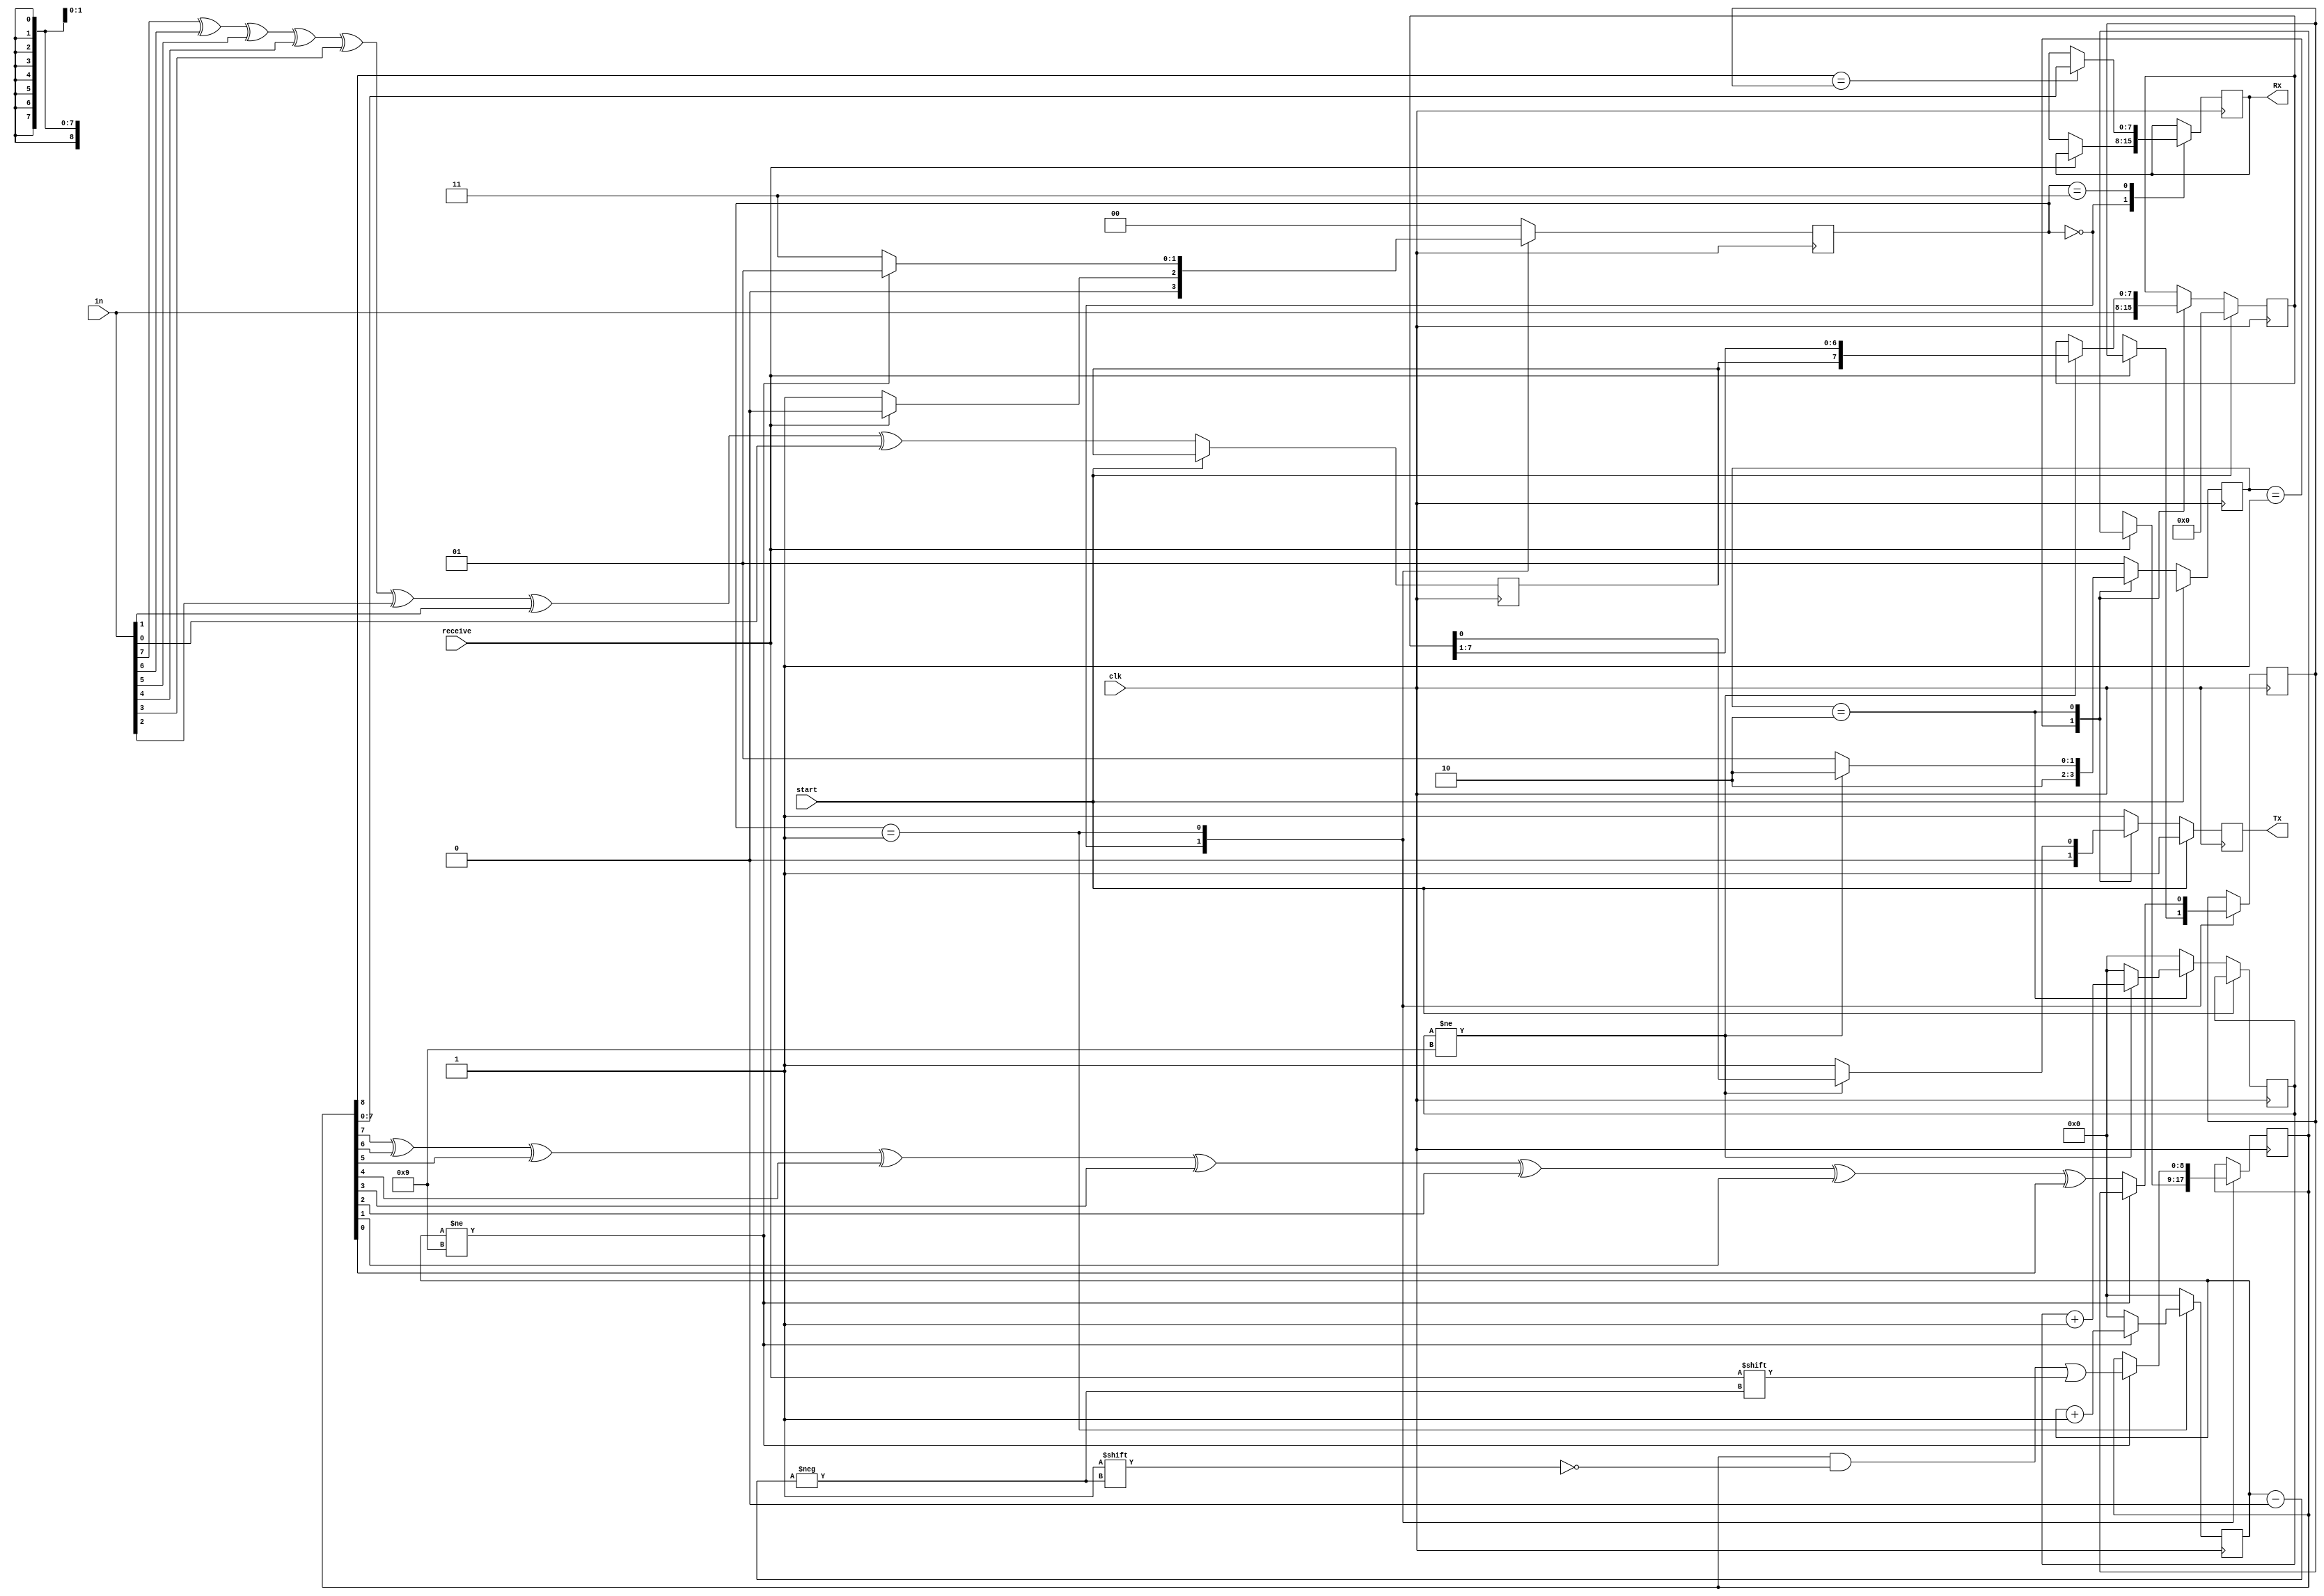
`timescale 1ns / 1ps

module uart(input start, clk, input [7:0] in,input receive, output reg Tx, output reg [7:0] Rx);

localparam LOAD = 2'b01,
           SEND = 2'b10,
           IDLE = 2'b00,
           START = 2'b01,
           GENERATE = 2'b10,
           COMPARE = 2'b11;
reg [1:0] select;      
reg par_Tx;
reg [3:0] count;
reg [7:0] out;
reg [1:0] state;
reg [8:0] temp;
reg par_Rx ;
reg resend;
reg [3:0] count1; 
always@ (negedge clk)
begin
if(start) begin
Tx <= 1'b1; 
out <= 0; 
select <= 2'bxx;
end
else begin
	   par_Tx <= in[7]^in[6]^in[5]^in[4]^in[3]^in[2]^in[1]^in[0];
	   select<= LOAD;
	   Tx <=1'b1;
	   count <= 0;
		case (select)
			LOAD: begin out <= in;
			            select <= SEND;
			            Tx <= 1'b0;
			      end
			         
			SEND: begin
			            if(count != 4'b1001) begin
			                 count <= count+1; 
			                 Tx <= out[0];
			                 out <= {par_Tx,out[7:1]};
			                 select <= SEND;
			                 end
			            else Tx <= 1'b1;
			      end 
			
			      
		endcase
		end
end
always @(negedge clk)
begin
    count1 <= 0;
    state <= IDLE;
    case(state)
    IDLE: begin
        if(!receive)begin
            state <= START;
            temp <= 9'bxxxxxxxxx;
            par_Rx<=1'bx;
            Rx<= 8'bxxxxxxxx;
        end
    end
    START: begin if (count1 != 4'b1001)
                            begin
                            count1 <= count1 + 1;
                            temp[count1]<=receive;
                            state <= START;
                            end
                 else begin
                        par_Rx <= temp[7]^temp[6]^temp[5]^temp[4]^temp[3]^temp[2]^temp[1]^temp[0];     
                        state <= COMPARE;  
                      end   
           end 
            
    COMPARE: begin 
                if(temp[8]==par_Rx) begin
                                     Rx <= temp;
                                     state <= IDLE;
                                 end
                else begin resend<= 1'b1;
                           Rx <= 8'bxxxxxxxx;
                           state <= IDLE;
                     end
             
             end
                   
    endcase
end
endmodule